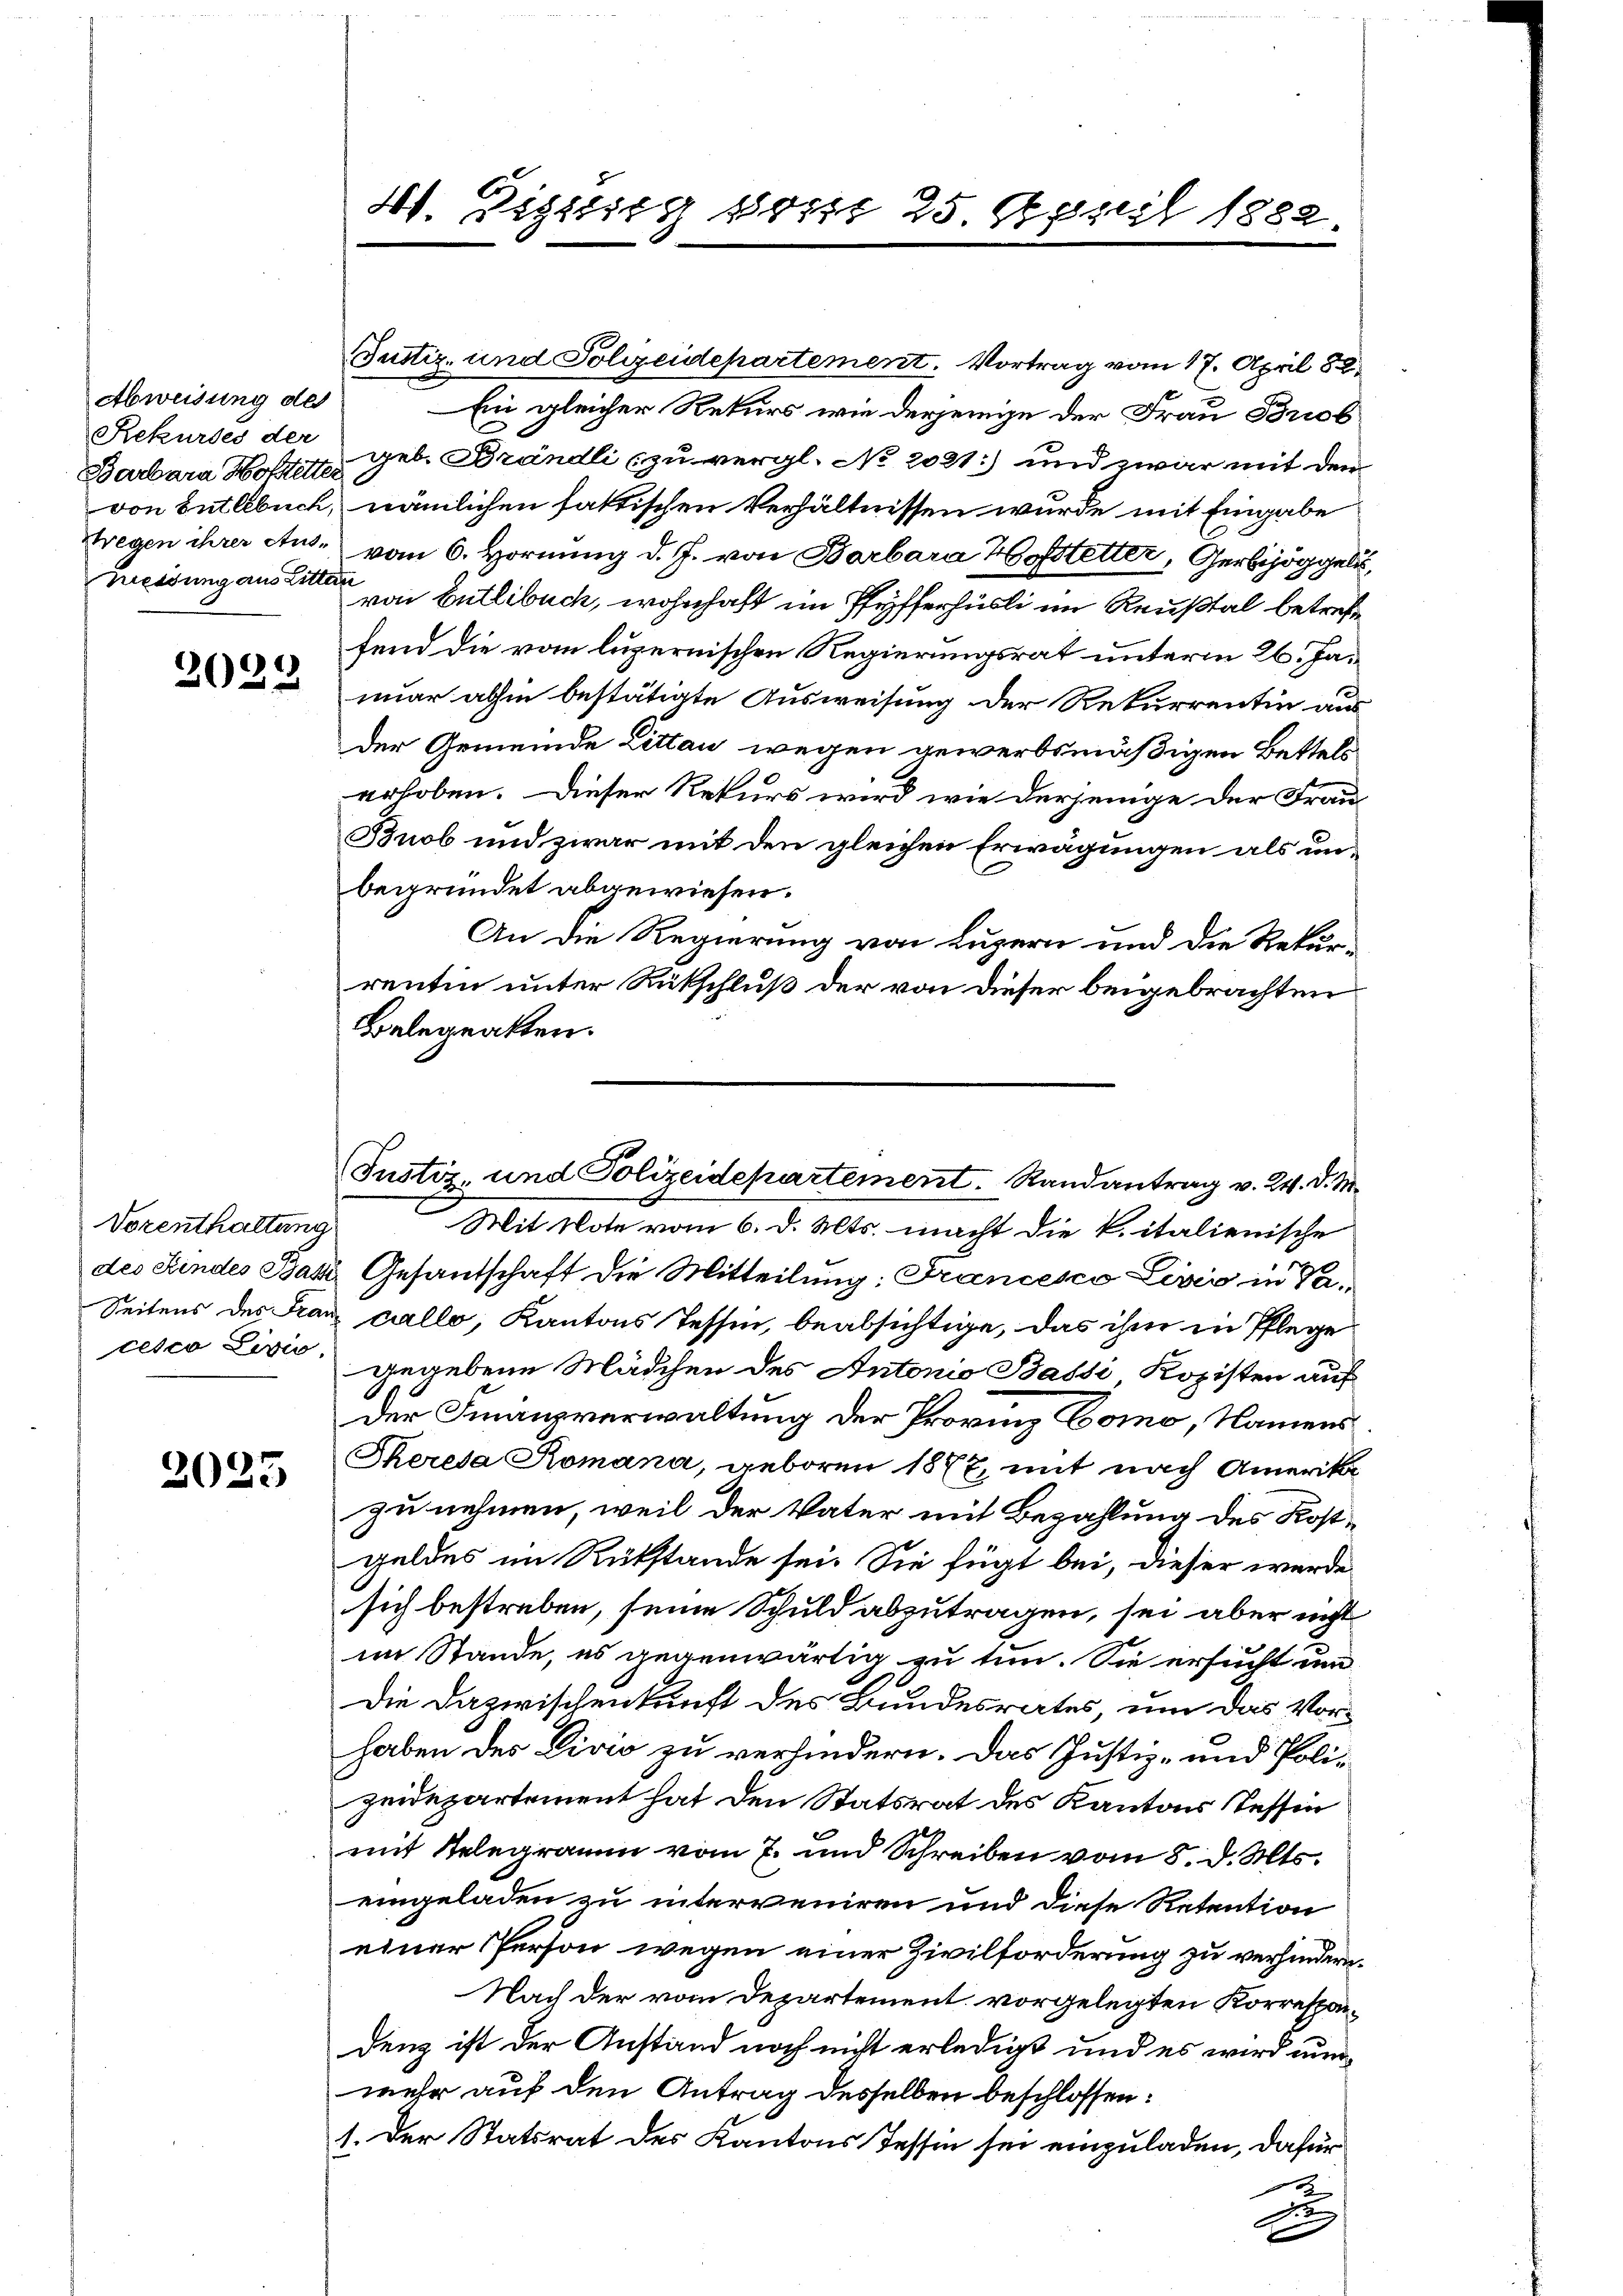
Abweisung des
Rekurses der
Barbara Hofstetter
von Entlebuch,
Fregen ihrer Ausmessung aus Litter

.
302

Vozenthaltung
des Kindes Batt
Seitens des Fran
cesco Divis

2025

41. Diezing post 25 April 1882

Justiz- und Polizeidepartement. Randantrag v. 24. d. M.

Justiz- und Polizeidepartement. Vortrag vom 17. April 88.
Ein gleicher Rekurs wie derjenige der Frau Briob
geb. Brändli (zu vergl. No 2021) und zwar mit dem
nämlichen faktischen Verhältnissen wurde mit Eingabe
vom 6. Hornung d. J. von Barbara Hofstetter, Gerbijöggeli,
fe
von Entlebuch, wohnhaft im Pfyfferhüsli im Reußtal betreffe
fend die vom luzernischen Regierungsrat unterm 26. Januar abhin bestätigte Ausweisung der Rekurrentin aus
der Gemeinde Littan wegen gewerbsmäßigen Bettels
erhoben. Dieser Rekurs wird wie derjenige der Frau
Buob und zwar mit den gleichen Erwägungen als unbegründet abgewiesen.
An die Regierung von Luzern und die Rekur-
rentin unter Rückschluß der von dieser beigebrachten
Belegatten.
Mit Note vom 6. d. Mts. macht die k. italienische
Gesandschaft die Mitteilung: Francesco Lević in Pacallo, Kantons Tessin, beabsichtige, das ihm in Pflege
gegebene Mädchen des Antonio Bassi, Kopisten auf
Der Finanzverwaltung der Provinz Como, Namens
Theresa Romana, geboren 1877, mit nach Amerika
zu nehmen, weil der Vater mit Bezahlung des Kostgeldes im Rükstände sei. Sie fügt bei, dieser werde
sich bestreben, seine Schuld abzutragen, sei aber nicht
im Stande, es gegenwärtig zu tun. Sie ersucht um
Die Dazwischenkunft des Bundesrates, um das Vor-
haben des Divis zu verhindern. Das Justiz- und Polizeidepartement hat den Statsrat des Kantons Tessin
mit Telegramm vom 7. und Schreiben vom 8. d. Mts.
eingeladen zu interveniren und diese Retention
einer Person wegen einer Zivilforderung zu verhindern.
Nach der vom Departement vorgelegten Korrespondenz ist der Anstand noch nicht erledigt und es wird nunmehr auf den Antrag desselben beschlossen:
1. Der Statsrat des Kantons Tessin sei einzuladen, dafür
e
De